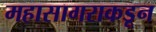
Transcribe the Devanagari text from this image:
महासागराकडून